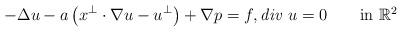
LaTeX: \begin{align*}-\Delta u-a\left(x^\perp\cdot\nabla u-u^\perp\right)+\nabla p=f, \mbox{\emph{div} $u$}=0 \qquad\mbox{in $\mathbb R^2$}\end{align*}